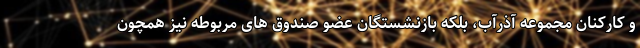
و کارکنان مجموعه آذرآب، بلکه بازنشستگان عضو صندوق های مربوطه نیز همچون